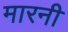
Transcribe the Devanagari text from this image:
मारनी